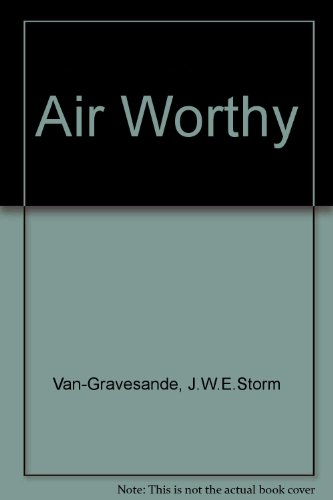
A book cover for Air Worthy; Law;